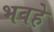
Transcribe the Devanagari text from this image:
भवहे